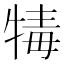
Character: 𤚚